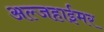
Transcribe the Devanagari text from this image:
अल्जहाईमर